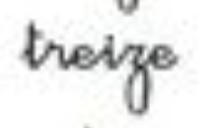
treize